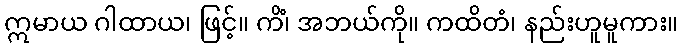
ဣမာယ ဂါထာယ၊ ဖြင့်။ ကိံ၊ အဘယ်ကို။ ကထိတံ၊ နည်းဟူမူကား။